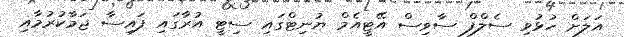
އަލަށް ހުޅުވި ސެލްފް ސާވިސް އޭޓީއެމް ޔުނިޓްގައި ސިޓީ އުރާގައި ފައިސާ ޖަމާކުރުމާއި